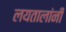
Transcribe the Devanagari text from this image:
लयतालांनी